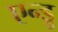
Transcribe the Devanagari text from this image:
एन्ड्रु